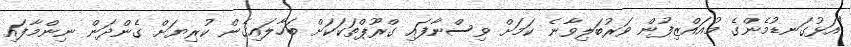
"އަޅުގަނޑުމެންގެ މުއައްޒިފުން ވަރުބަލިވާނެ ކަމަށް ވިސްނާފައި ގްރޫޕްތަކަކަށް ބަހާލައިގެން ކުރިޔަށް ގެންދަން ނިންމާފައި